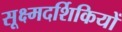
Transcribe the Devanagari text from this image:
सूक्ष्मदर्शिकियों